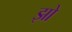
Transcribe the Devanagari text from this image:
झो